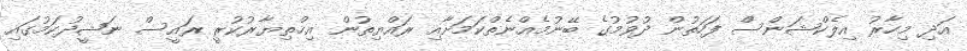
އަދި މިހާރު އިލެކްޝަންސް ފަހަތުން ދުވުމުގެ ބޭނުމެއްނެތްކަމަށާއި ރައްޔިތުން އިޚްތިޔާރުކުރީ ރައީސް ނަޝީދުކަމުގައި